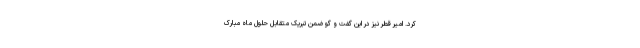
کرد. امیر قطر نیز در این گفت و گو ضمن تبریک متقابل حلول ماه مبارک